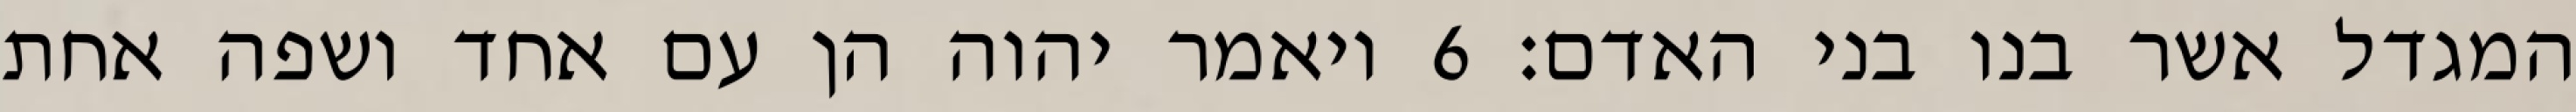
המגדל אשר בנו בני האדם׃ ‎6‏ ויאמר יהוה הן עם אחד ושפה אחת